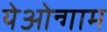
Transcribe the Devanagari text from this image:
येओन्गाम